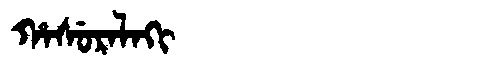
Manchu: ᡥᠠᠰᡠᡵᠠᠯᠠᡴᡳ
Romanization: HASURALAKI